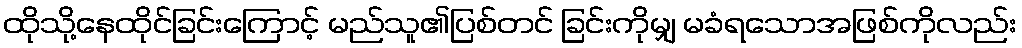
ထိုသို့နေထိုင်ခြင်းကြောင့် မည်သူ၏ပြစ်တင် ခြင်းကိုမျှ မခံရသောအဖြစ်ကိုလည်း